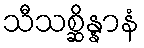
သီသစ္ဆိန္နာနံ